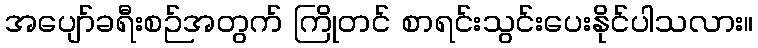
အပျော်ခရီးစဉ်အတွက် ကြိုတင် စာရင်းသွင်းပေးနိုင်ပါသလား။